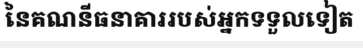
នៃគណនីធនាគាររបស់អ្នកទទួលទៀត